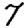
Digit: 7